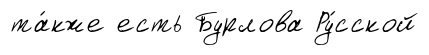
та́кже есть Бурлова Ру́сской